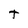
Character: t